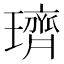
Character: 璾